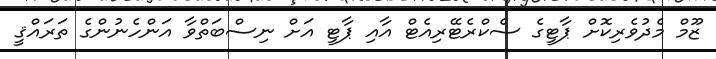
ޒޫމް މެދުވެރިކޮށް ޕާޓީގެ ސެކްރެޓޭރިއެޓް އާއި ޕާޓީ އަށް ނިސްބަތްވާ އަންހެނުންގެ ތަރައްޤީ